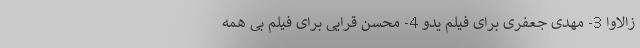
زالاوا 3- مهدی جعفری برای فیلم یدو 4- محسن قرایی برای فیلم بی همه